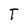
Character: T